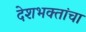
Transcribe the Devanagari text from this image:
देशभक्तांचा